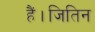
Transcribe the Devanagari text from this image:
हैं।जितिन